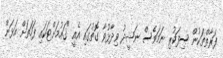
ފަރާތްތަކުން ސިފަކުރި ނަމަވެސް ނަޝީދު ވިދާޅުވާ ގޮތުގައި އެއީ "ގައުމަށްޓަކައި ފަހަތަށް އަޅަން